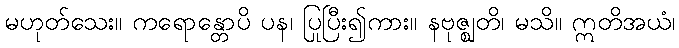
မဟုတ်သေး။ ကရောန္တောပိ ပန၊ ပြုပြီး၍ကား။ နဗုဇ္ဈတိ၊ မသိ။ ဣတိအယံ၊